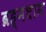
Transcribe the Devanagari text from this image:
ब्रह्मधाम